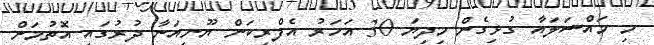
މި މައްސަލައާ ގުޅިގެން މިދިޔަ 30 އަހަރު އެފްރިކަން ޔޫނިއަނާ ދުރުގައި އޮތުމަށް